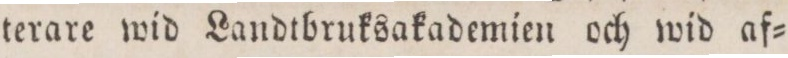
terare wid Landtbruksakademien och wid af=